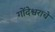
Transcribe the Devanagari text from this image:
गोंदेश्वराचे